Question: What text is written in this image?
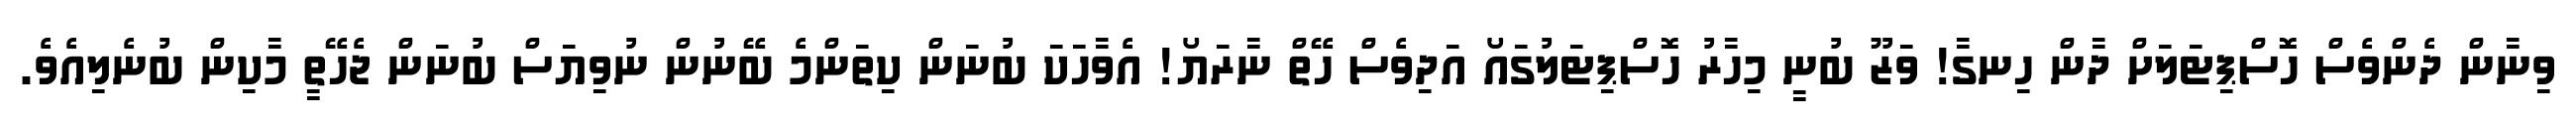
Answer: ވިނާން ދެންވެސް ހޮސްޕިޓަލަށް ދާން ހިނގާ! ވަޒޫ ބުނީ މިހާރު ހޮސްޕިޓަލުގައޯ އަދިވެސް ހޭތް ނާރަޔޯ! އެވާހަކަ ބުނަން ކިތަންމެ ބޭނުން ނުވިޔަސް ބުނަން ޖެހޭތީ މާކިން ބުނެލިއެވެ.